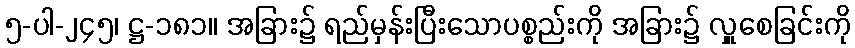
၅-ပါ-၂၄၅၊ ဋ္ဌ-၁၈၁။ အခြား၌ ရည်မှန်းပြီးသောပစ္စည်းကို အခြား၌ လှူစေခြင်းကို